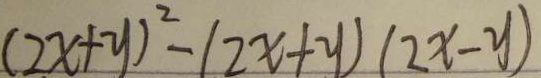
( 2 x + y ) ^ { 2 } - ( 2 x + y ) ( 2 x - y )